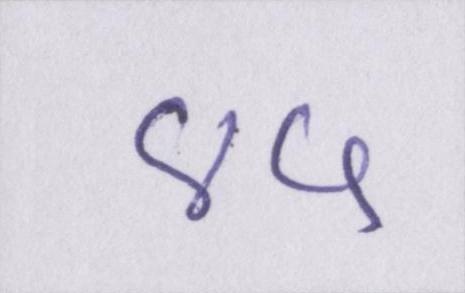
४५